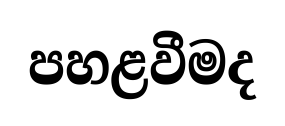
පහළවීමද